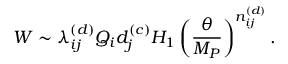
W \sim \lambda _ { i j } ^ { ( d ) } Q _ { i } d _ { j } ^ { ( c ) } H _ { 1 } \left( \frac { \theta } { M _ { P } } \right) ^ { n _ { i j } ^ { ( d ) } } .